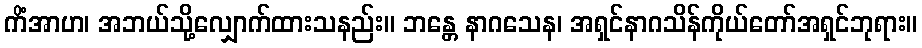
ကိံအာဟ၊ အဘယ်သို့လျှောက်ထားသနည်း။ ဘန္တေ နာဂသေန၊ အရှင်နာဂသိန်ကိုယ်တော်အရှင်ဘုရား။